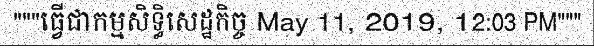
"""ធ្វើជាកម្មសិទ្ធិសេដ្ឋកិច្ច May 11, 2019, 12:03 PM"""